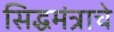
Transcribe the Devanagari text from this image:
सिद्धमंत्राचे